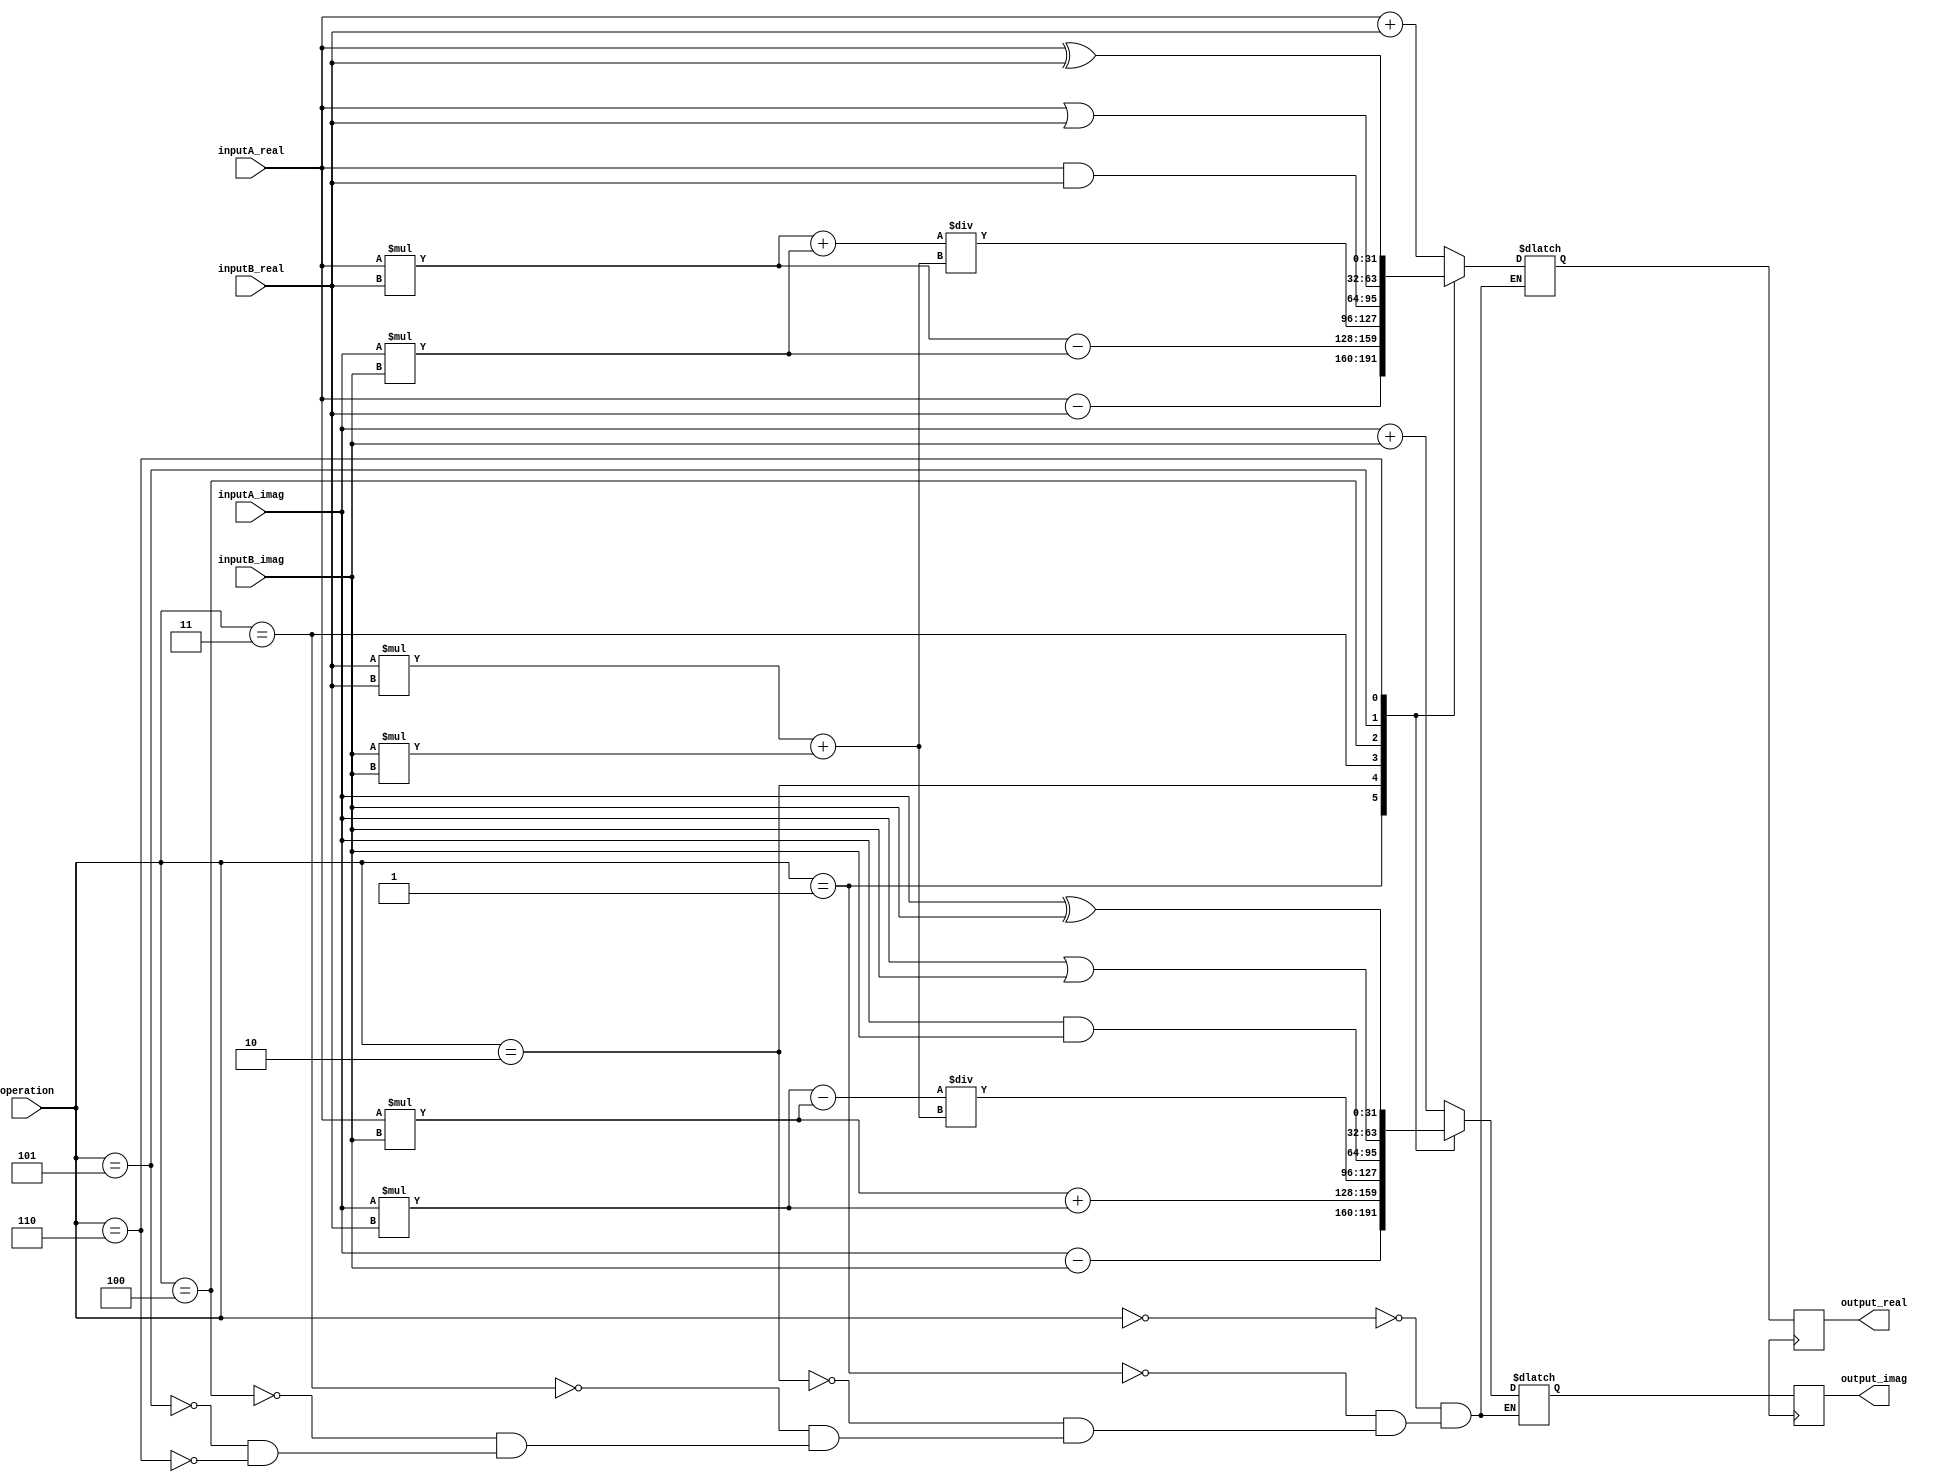
module ComplexALU (
    input [31:0] inputA_real,
    input [31:0] inputA_imag,
    input [31:0] inputB_real,
    input [31:0] inputB_imag,
    input [2:0] operation,
    output reg [31:0] output_real,
    output reg [31:0] output_imag
);

// Define operations
parameter ADD = 3'b000;
parameter SUB = 3'b001;
parameter MUL = 3'b010;
parameter DIV = 3'b011;
parameter AND = 3'b100;
parameter OR  = 3'b101;
parameter XOR = 3'b110;

// Define internal variables
reg [31:0] temp_real;
reg [31:0] temp_imag;

// Perform operations based on operation select
always @(*) begin
    case(operation)
        ADD: begin
            temp_real = inputA_real + inputB_real;
            temp_imag = inputA_imag + inputB_imag;
        end
        SUB: begin
            temp_real = inputA_real - inputB_real;
            temp_imag = inputA_imag - inputB_imag;
        end
        MUL: begin
            temp_real = (inputA_real * inputB_real) - (inputA_imag * inputB_imag);
            temp_imag = (inputA_real * inputB_imag) + (inputA_imag * inputB_real);
        end
        DIV: begin
            temp_real = ((inputA_real * inputB_real) + (inputA_imag * inputB_imag)) / ((inputB_real * inputB_real) + (inputB_imag * inputB_imag));
            temp_imag = ((inputA_imag * inputB_real) - (inputA_real * inputB_imag)) / ((inputB_real * inputB_real) + (inputB_imag * inputB_imag));
        end
        AND: begin
            temp_real = inputA_real & inputB_real;
            temp_imag = inputA_imag & inputB_imag;
        end
        OR: begin
            temp_real = inputA_real | inputB_real;
            temp_imag = inputA_imag | inputB_imag;
        end
        XOR: begin
            temp_real = inputA_real ^ inputB_real;
            temp_imag = inputA_imag ^ inputB_imag;
        end
    endcase
end

// Assign output real and imaginary values
always @(posedge clk) begin
    output_real <= temp_real;
    output_imag <= temp_imag;
end

endmodule